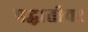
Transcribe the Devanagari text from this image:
पद्धातीवर